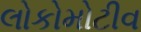
લોકોમોટીવ